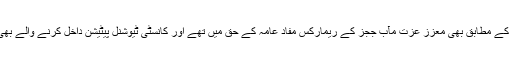
دوبارہ پیشی کے دوران کی نیوز کے مطابق بھی معزز عزت مآب ججز کے ریمارکس مفادِ عامہ کے حق میں تھے اور کانسٹی ٹیوشنل پیٹیشن داخل کرنے والے بھی زیادہ متحرک نظر آ رہے تھے۔